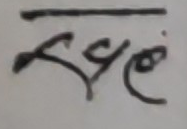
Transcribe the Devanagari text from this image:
स्वघटों